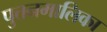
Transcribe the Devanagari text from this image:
पुत्तनमालिका